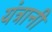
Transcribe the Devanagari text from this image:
यंत्रानी